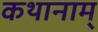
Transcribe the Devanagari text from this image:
कथानाम्